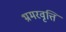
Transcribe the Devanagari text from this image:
भ्रमरवृत्ति